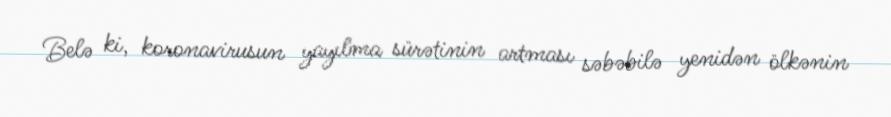
Belə ki, koronavirusun yayılma sürətinin artması səbəbilə yenidən ölkənin